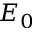
E _ { 0 }